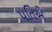
પતિએ